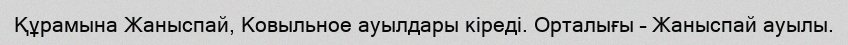
Құрамына Жаныспай, Ковыльное ауылдары кіреді. Орталығы – Жаныспай ауылы.